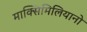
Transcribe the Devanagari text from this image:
माक्सिमिलियानो